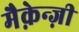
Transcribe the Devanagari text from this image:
मैक़ेन्ज़ी